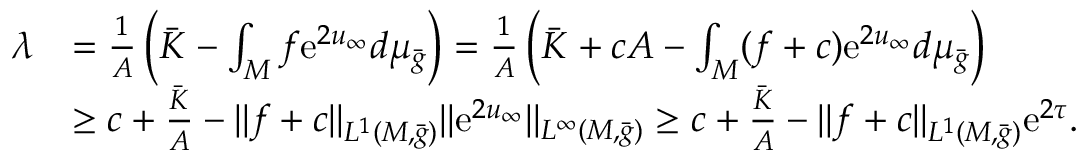
\begin{array} { r l } { \lambda } & { = \frac 1 A \left( \bar { K } - \int _ { M } f \mathrm { e } ^ { 2 u _ { \infty } } d \mu _ { \bar { g } } \right) = \frac 1 A \left( \bar { K } + c A - \int _ { M } ( f + c ) \mathrm { e } ^ { 2 u _ { \infty } } d \mu _ { \bar { g } } \right) } \\ & { \ge c + \frac { \bar { K } } { A } - \| f + c \| _ { L ^ { 1 } ( M , \bar { g } ) } \| \mathrm { e } ^ { 2 u _ { \infty } } \| _ { L ^ { \infty } ( M , \bar { g } ) } \ge c + \frac { \bar { K } } { A } - \| f + c \| _ { L ^ { 1 } ( M , \bar { g } ) } \mathrm { e } ^ { 2 \tau } . } \end{array}